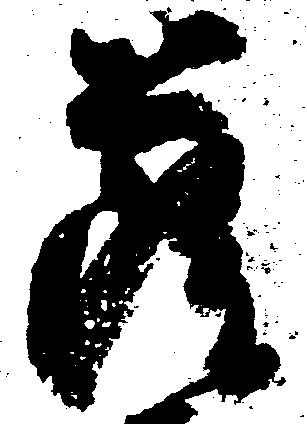
薩